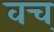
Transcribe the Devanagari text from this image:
वच्